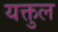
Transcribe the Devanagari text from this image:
यक्तुल